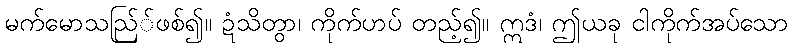
မက်မောသည်ြ်ဖစ်၍။ ဍံသိတွာ၊ ကိုက်ဟပ် တည့်၍။ ဣဒံ၊ ဤယခု ငါကိုက်အပ်သော